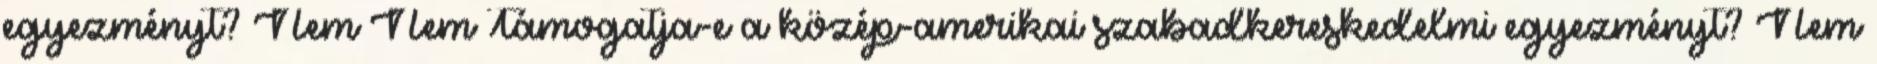
egyezményt? Nem Nem Támogatja-e a közép-amerikai szabadkereskedelmi egyezményt? Nem